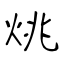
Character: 烑